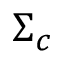
\Sigma _ { c }